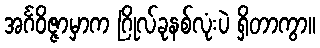
အင်္ဂဝိဇ္ဇာမှာက ဂြိုလ်ခုနစ်လုံးပဲ ရှိတာကွာ။